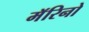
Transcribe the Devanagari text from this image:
मॅरिनो